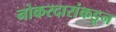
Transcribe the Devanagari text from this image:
नोकरदारांकडून